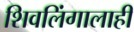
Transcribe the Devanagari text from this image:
शिवलिंगालाही